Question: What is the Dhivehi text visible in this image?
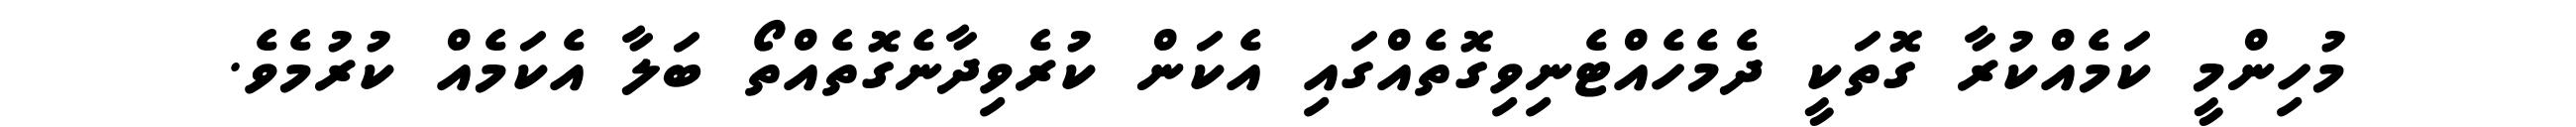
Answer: މުހިންމީ ކަމެއްކުރާ ގޮތަކީ ދެމެހެއްޓެނިވިގޮތެއްގައި އެކަން ކުރެވިދާނެގޮތެއްތޯ ބަލާ އެކަމެއް ކުރުމެވެ.